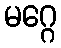
မဂ္ဂေ